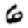
Digit: 6